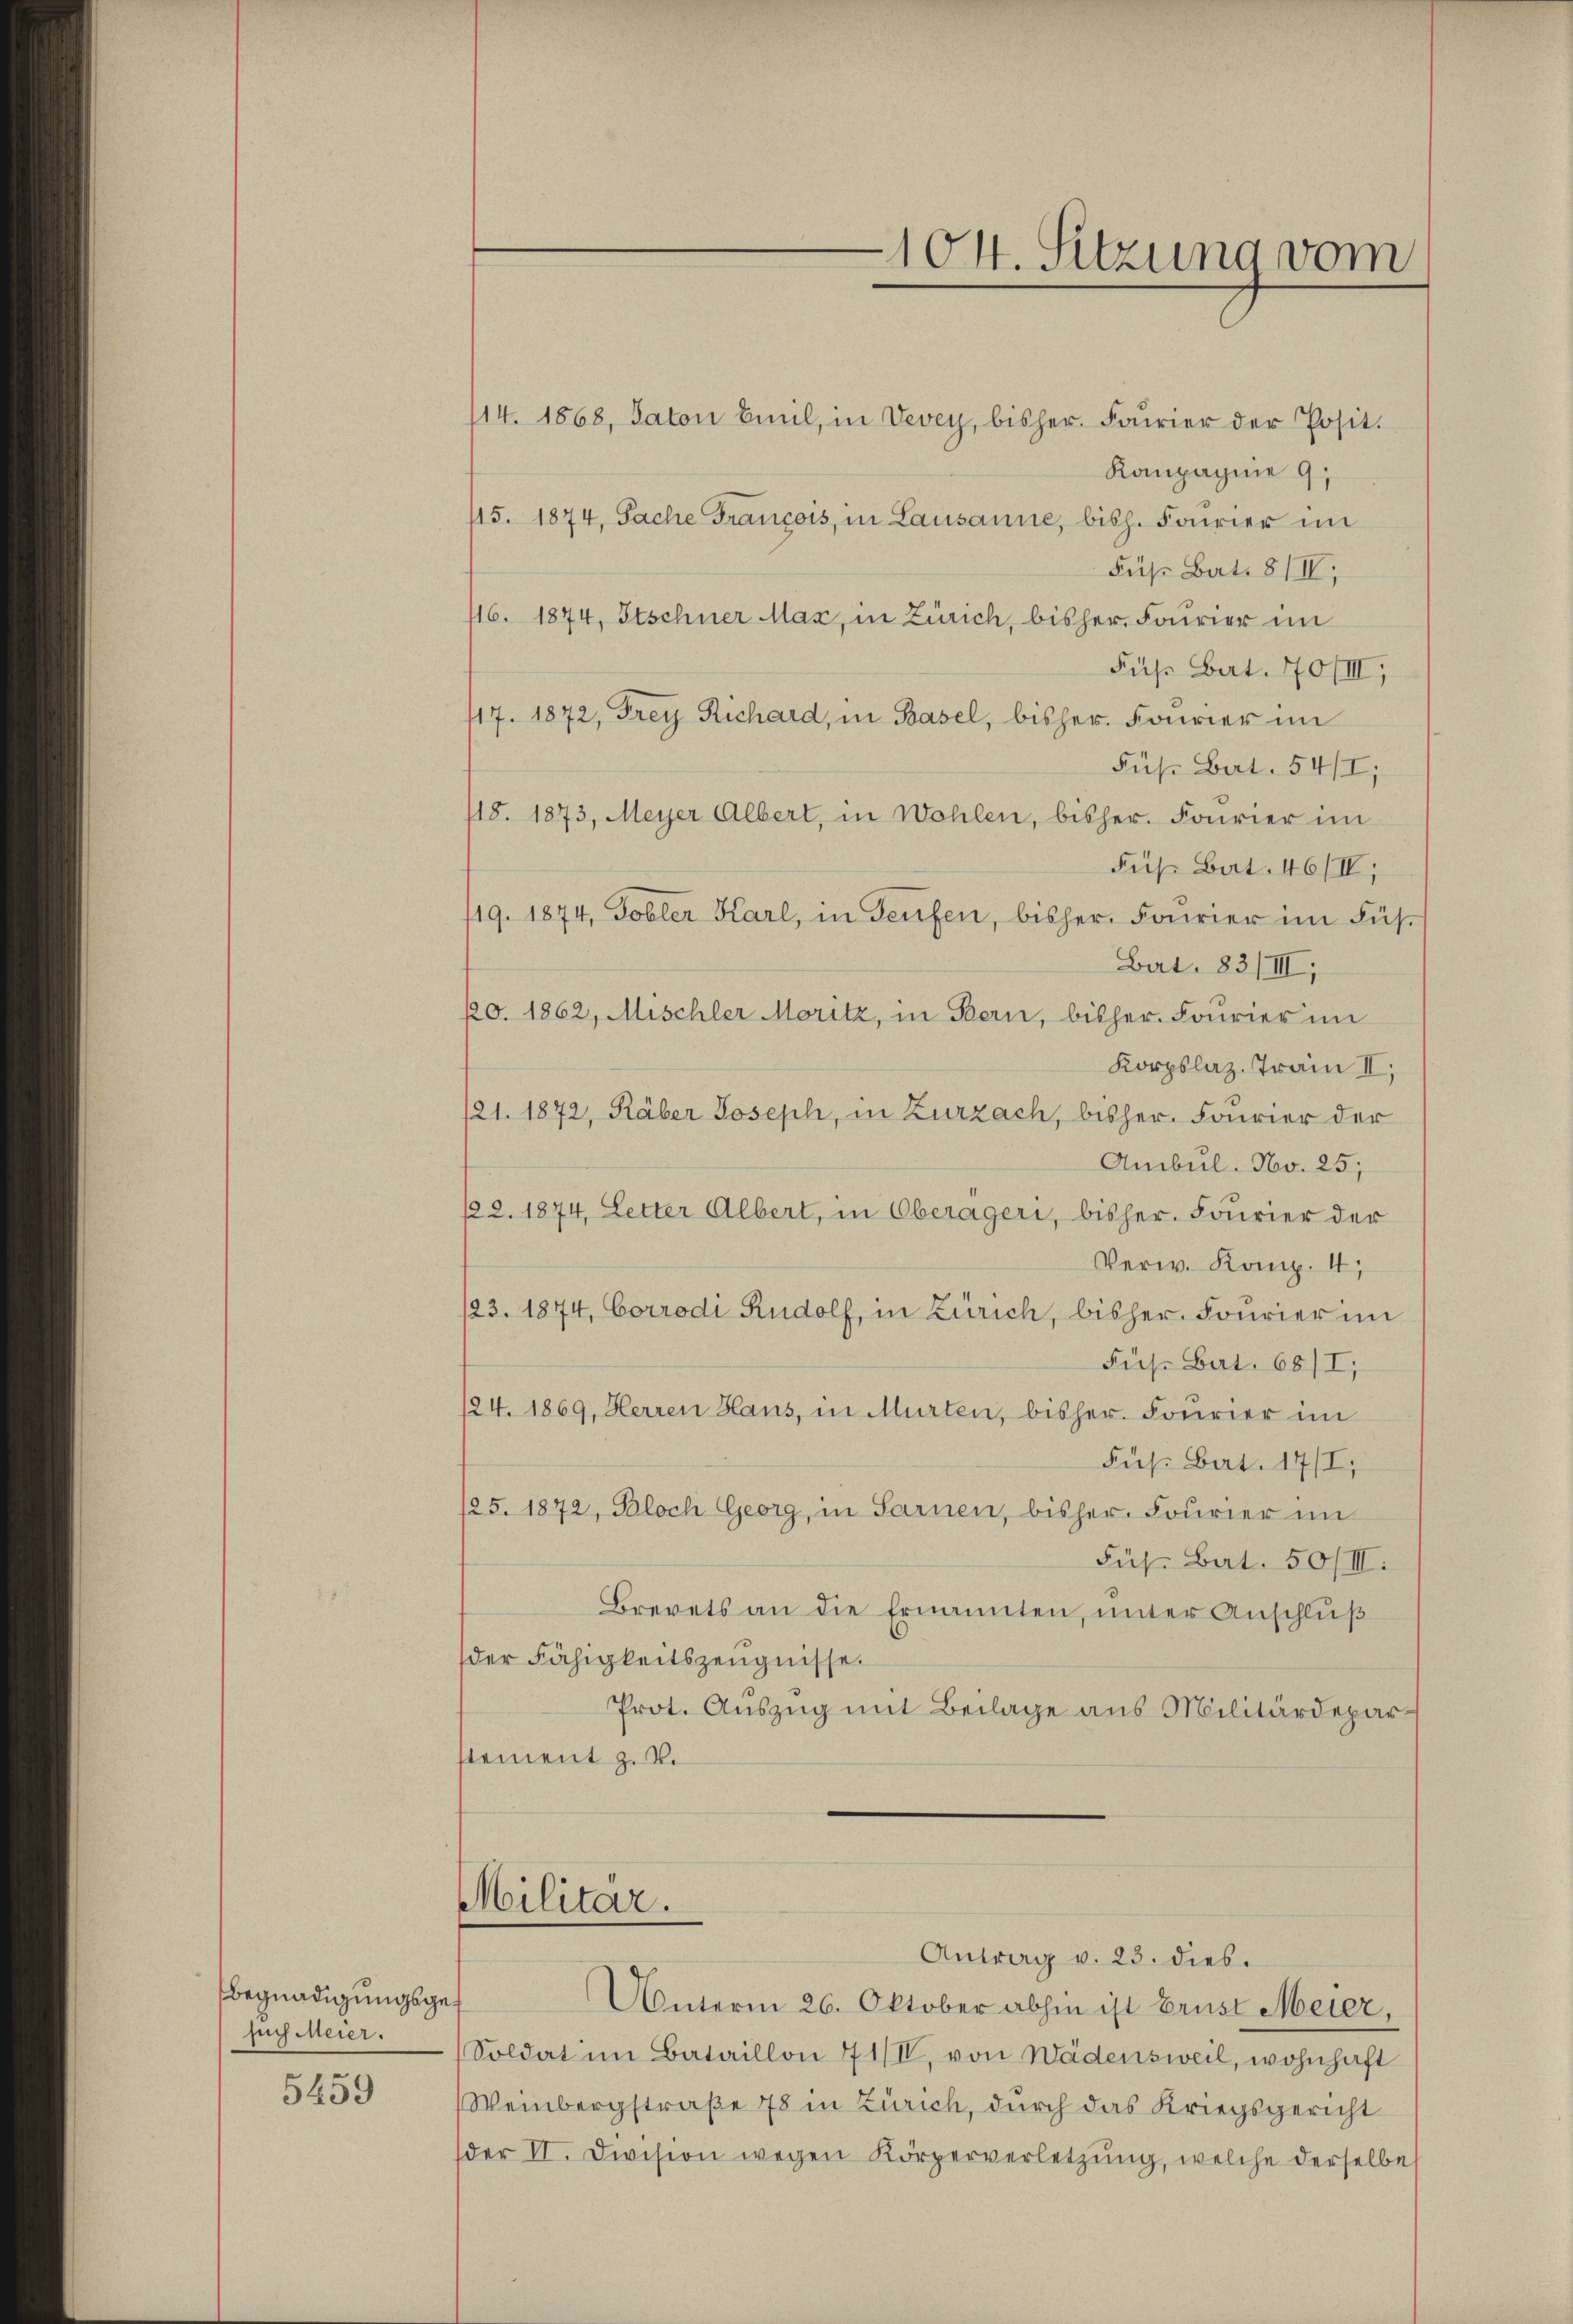
Begnadigungsgesuch Meier.
5459

104. Sitzung vom

114. 1868, Saton Emil, in Vevey, bisher. Faŭrier der Posit.
Kompagnie 9
115. 1874, Sache Francois, in Lausanne, bish. Fourier im
Füß Bat. 8 IV,
116. 1874, Itschner Max, in Zürich, bisher Fourier im
Fuß Bat. 70/III,
117. 1872, Frey Richard, in Basel, bisher Fourier im
Fus: Bart. 54/I,
118. 1873, Meyer Albert, in Wohlen, bisher. Fourier im
Fuß Bat. 46/IV;
119. 1874, Tobler Karl, in Teufen, bisher Fourier im Füs¬
Bat. 83/III
20. 1862, Mischler Moritz, in Bern, bisher Fourier im
Korpslaz. Train II,
121. 1872, Räber Joseph, in Zurzach, bisher Fourier der
Ambul. No. 25;
122. 1874. Letter Albert, in Oberägeri, bisher Fourier der
Verw. Komp. 4,
/23. 1874, Corrodi Rudolf, in Zürich, bisher Fourier im
Fus. Bat. 68/I,
124. 1869, Herren Hans, in Murten, bisher Fourier im
Fuß Bat. 17/I,
125. 1872, Bloch Georg, in Sarnen, bisher Fourier im
Füh. Bat. 50/III.
Brevets an die Ernannten, ŭnter Anschlŭβ
der Fähigkeitszeugnisse.
Prot. Auszug mit Beilage aus Militärdepar
stement z. B.
Militar.
Antrag v. 23. dies.
Unterm 26. Oktober abhin ist Brust Meier,
Soldat im Bataillon 4 1/II, von Wädensweil, wohnhaft
Weinbergstraße 78 in Zürich, durch das Kriegsgericht
der II. Division wegen Körperverletzŭng, welche derselbe